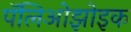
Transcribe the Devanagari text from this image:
पॅलिओझोइक